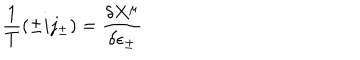
\frac { 1 } { T } ( \pm i j _ { \pm } ) = \frac { \delta X ^ { \mu } } { \delta \epsilon _ { \pm } }